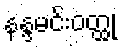
နန္ဒမင်းဝတ္ထု